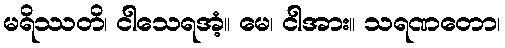
မရိဿတိ၊ ငါသေရအံ့။ မေ၊ ငါအား။ သရဏတော၊